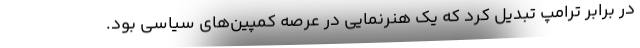
در برابر ترامپ تبدیل کرد که یک هنرنمایی در عرصه کمپین‌های سیاسی بود.